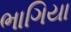
ભાગિયા